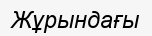
Жұрындағы